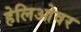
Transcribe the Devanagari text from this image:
हेलिओवर